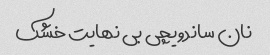
نان ساندویچی بی نهایت خشک